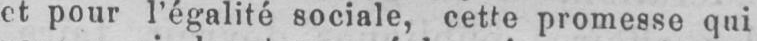
et pour l’égalité sociale, cette promesse qui